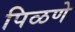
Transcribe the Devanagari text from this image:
पिळणे